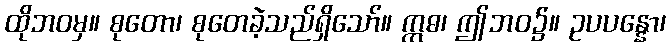
ထိုဘဝမှ။ စုတော၊ စုတေခဲ့သည်ရှိသော်။ ဣဓ၊ ဤဘဝ၌။ ဥပပန္နော၊